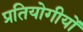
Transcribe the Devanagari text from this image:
प्रतियोगीयों